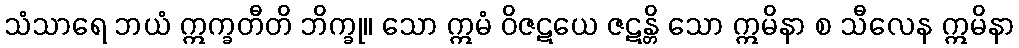
သံသာရေ ဘယံ ဣက္ခတီတိ ဘိက္ခု။ သော ဣမံ ဝိဇဋယေ ဇဋန္တိ သော ဣမိနာ စ သီလေန ဣမိနာ